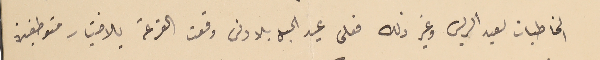
المخاطبات لعيد الريس وغير ذلك فعلى عيد الحبل بلا دنس وقعت القرعة بالاختيار متوطفين